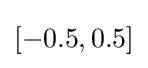
[-0.5,0.5]